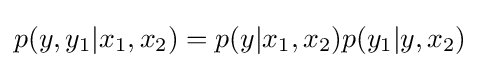
p(y,y_{1}|x_{1},x_{2})=p(y|x_{1},x_{2})p(y_{1}|y,x_{2})